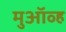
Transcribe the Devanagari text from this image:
मुऑव्ह